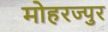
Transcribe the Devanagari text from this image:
मोहरज्पुर